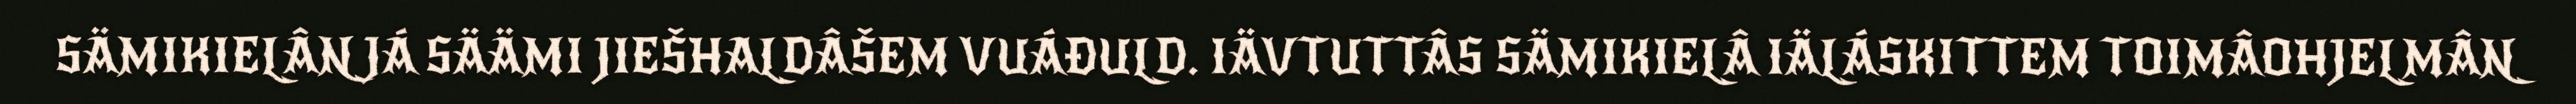
SÄMIKIELÂN JÁ SÄÄMI JIEŠHALDÂŠEM VUÁĐULD. IÄVTUTTÂS SÄMIKIELÂ IÄLÁSKITTEM TOIMÂOHJELMÂN